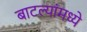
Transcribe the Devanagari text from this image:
बाटल्यांमध्ये